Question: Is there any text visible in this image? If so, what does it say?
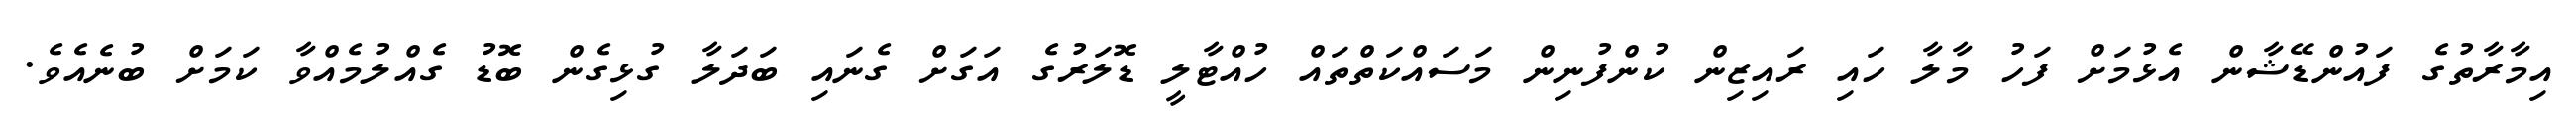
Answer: އިމާރާތުގެ ފައުންޑޭޝާން އެޅުމަށް ފަހު މާލާ ހައި ރައިޒިން ކުންފުނިން މަސައްކަތްތައް ހުއްޓާލީ ޑޮލަރުގެ އަގަށް ގެނައި ބަދަލާ ގުޅިގެން ބޮޑު ގެއްލުމެއްވާ ކަމަށް ބުނެއެވެ.